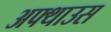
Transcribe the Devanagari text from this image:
अफ्थाउस